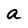
Character: a